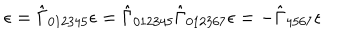
\epsilon = \hat { \Gamma } _ { 0 1 2 3 4 5 } \epsilon = \hat { \Gamma } _ { 0 1 2 3 4 5 } \hat { \Gamma } _ { 0 1 2 3 6 7 } \epsilon = - \hat { \Gamma } _ { 4 5 6 7 } \epsilon